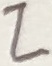
Text: Z